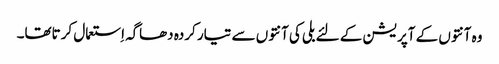
وہ آنتوں کے آپریشن کے لئے بلی کی آنتوں سے تیار کردہ دھاگہ اِستعمال کرتاتھا۔